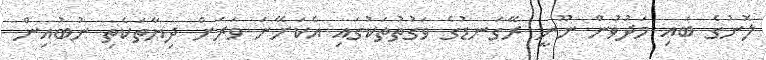
ލޮނުގެ ބައި މަދުވުން ނޫނީ ރޭގަނޑުގެ ވަގުތުތަކުގައި އެކަށޭނަ ވަރަށް ދިޔާތަކެތި ނުބުއިން